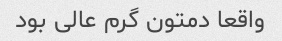
واقعا دمتون گرم عالی بود